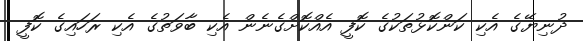
ދުނިޔޭގެ އެކި ކަންކޮޅުތަކުގެ ކޮފީ އެއްކޮށްގެނެން އެކި ބާވަތުގެ އެކި ރަހައިގެ ކޮފީ